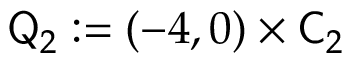
\mathsf Q _ { 2 } : = ( - 4 , 0 ) \times \mathsf C _ { 2 }